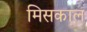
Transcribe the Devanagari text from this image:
मिसकाल